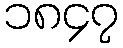
၁၈၄၇